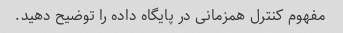
مفهوم کنترل همزمانی در پایگاه داده را توضیح دهید.